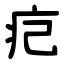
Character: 㽶